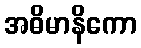
အဓိမာနိကော